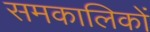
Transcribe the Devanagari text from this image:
समकालिकों